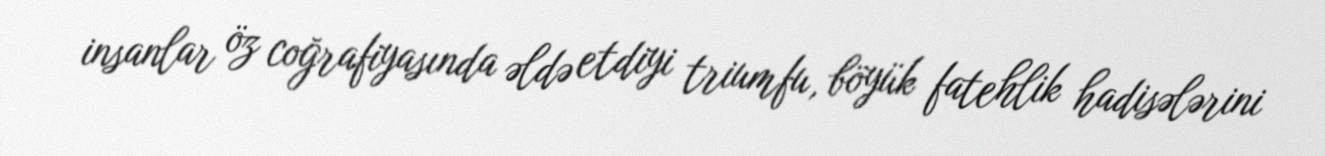
insanlar öz coğrafiyasında əldə etdiyi triumfu, böyük fatehlik hadisələrini